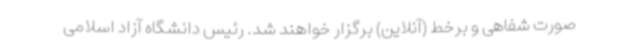
صورت شفاهی و برخط (آنلاین) برگزار خواهند شد. رئیس دانشگاه آزاد اسلامی